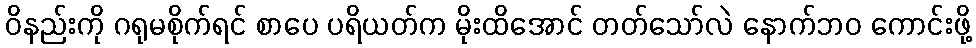
ဝိနည်းကို ဂရုမစိုက်ရင် စာပေ ပရိယတ်က မိုးထိအောင် တတ်သော်လဲ နောက်ဘဝ ကောင်းဖို့